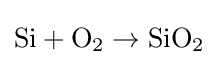
{\rm {Si+O_{2}\rightarrow SiO_{2}\,}}